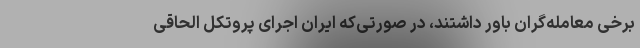
برخی معامله‌گران باور داشتند، در صورتی‌که ایران اجرای پروتکل الحاقی